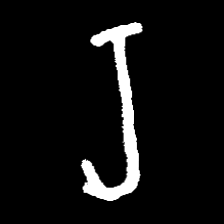
Pyu character \u2014 Myanmar letter: ရ (romanized: ra)